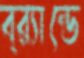
ব্র্যান্ডে